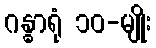
ဂန္ဓာရုံ ၁၀-မျိုး